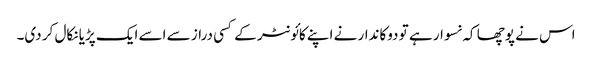
اس نے پوچھا کہ نسوار ہے تو دوکاندار نے اپنے کائونٹر کے کسی دراز سے اسے ایک پڑیا نکال کر دی۔